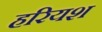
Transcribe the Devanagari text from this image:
हरियश